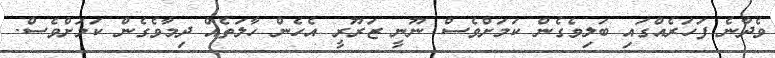
ވެދާނެ ފަހަރެއްގައި ބަލިވެގެން ކަމަށްވެސް ނޫނީ ޒަރޫރީ އެހެން ހާލަތެއް ދިމާވެގެން ކަމަށްވެސް.